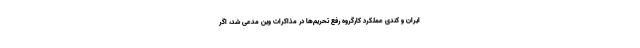
ایران و کندی عملکرد کارگروه رفع تحریم‌ها در مذاکرات وین مدعی شد، اگر